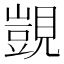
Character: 覬